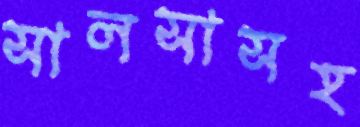
সালসাসহ